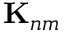
\mathbf { K } _ { n m }